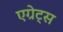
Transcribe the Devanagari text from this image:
एग्रेट्स